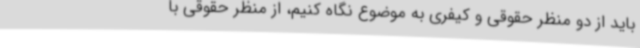
باید از دو منظر حقوقی و کیفری به موضوع نگاه کنیم، از منظر حقوقی با